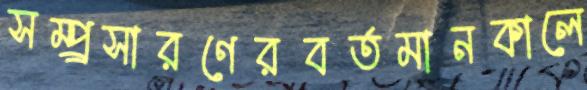
সম্প্র্রসারণেরবর্তমানকালে